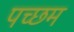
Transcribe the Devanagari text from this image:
पच्छम